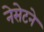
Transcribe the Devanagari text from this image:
नेसेटने